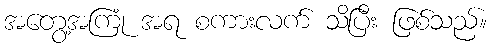
အတွေ့အကြုံ အရ စကားလက် သိပြီး ဖြစ်သည်။